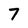
Character: 7